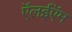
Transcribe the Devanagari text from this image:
ऍलईऍम